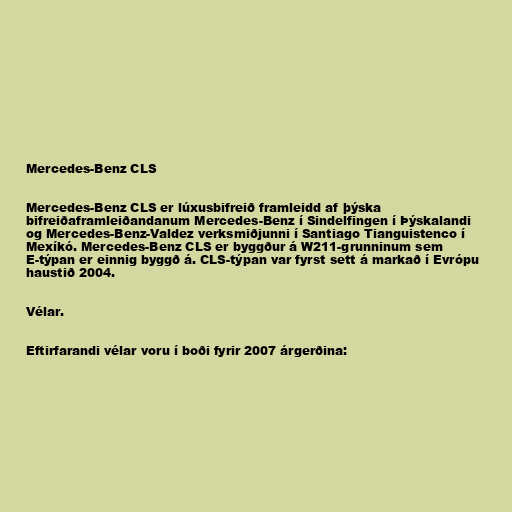
Mercedes-Benz CLS

Mercedes-Benz CLS er lúxusbifreið framleidd af þýska
bifreiðaframleiðandanum Mercedes-Benz í Sindelfingen í Þýskalandi
og Mercedes-Benz-Valdez verksmiðjunni í Santiago Tianguistenco í
Mexíkó. Mercedes-Benz CLS er byggður á W211-grunninum sem
E-týpan er einnig byggð á. CLS-týpan var fyrst sett á markað í Evrópu
haustið 2004.

Vélar.

Eftirfarandi vélar voru í boði fyrir 2007 árgerðina: